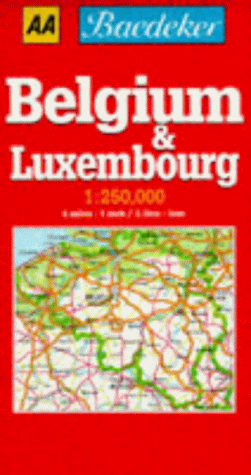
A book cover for Baedeker's Belgium and Luxembourg (AA Baedeker's Maps); Automobile Association; Travel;